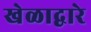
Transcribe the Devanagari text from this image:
खेळाद्वारे